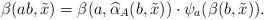
LaTeX: \begin{align*} \beta(ab, \tilde{x})&=\beta(a, \widehat{\alpha}_A(b, \tilde{x}))\cdot \psi_a(\beta(b, \tilde{x})).\end{align*}